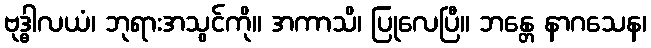
ဗုဒ္ဓါလယံ၊ ဘုရားအသွင်ကို။ အကာသိ၊ ပြုလေပြီ။ ဘန္တေ နာဂသေန၊